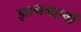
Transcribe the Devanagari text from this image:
ज्ञानमहर्षी